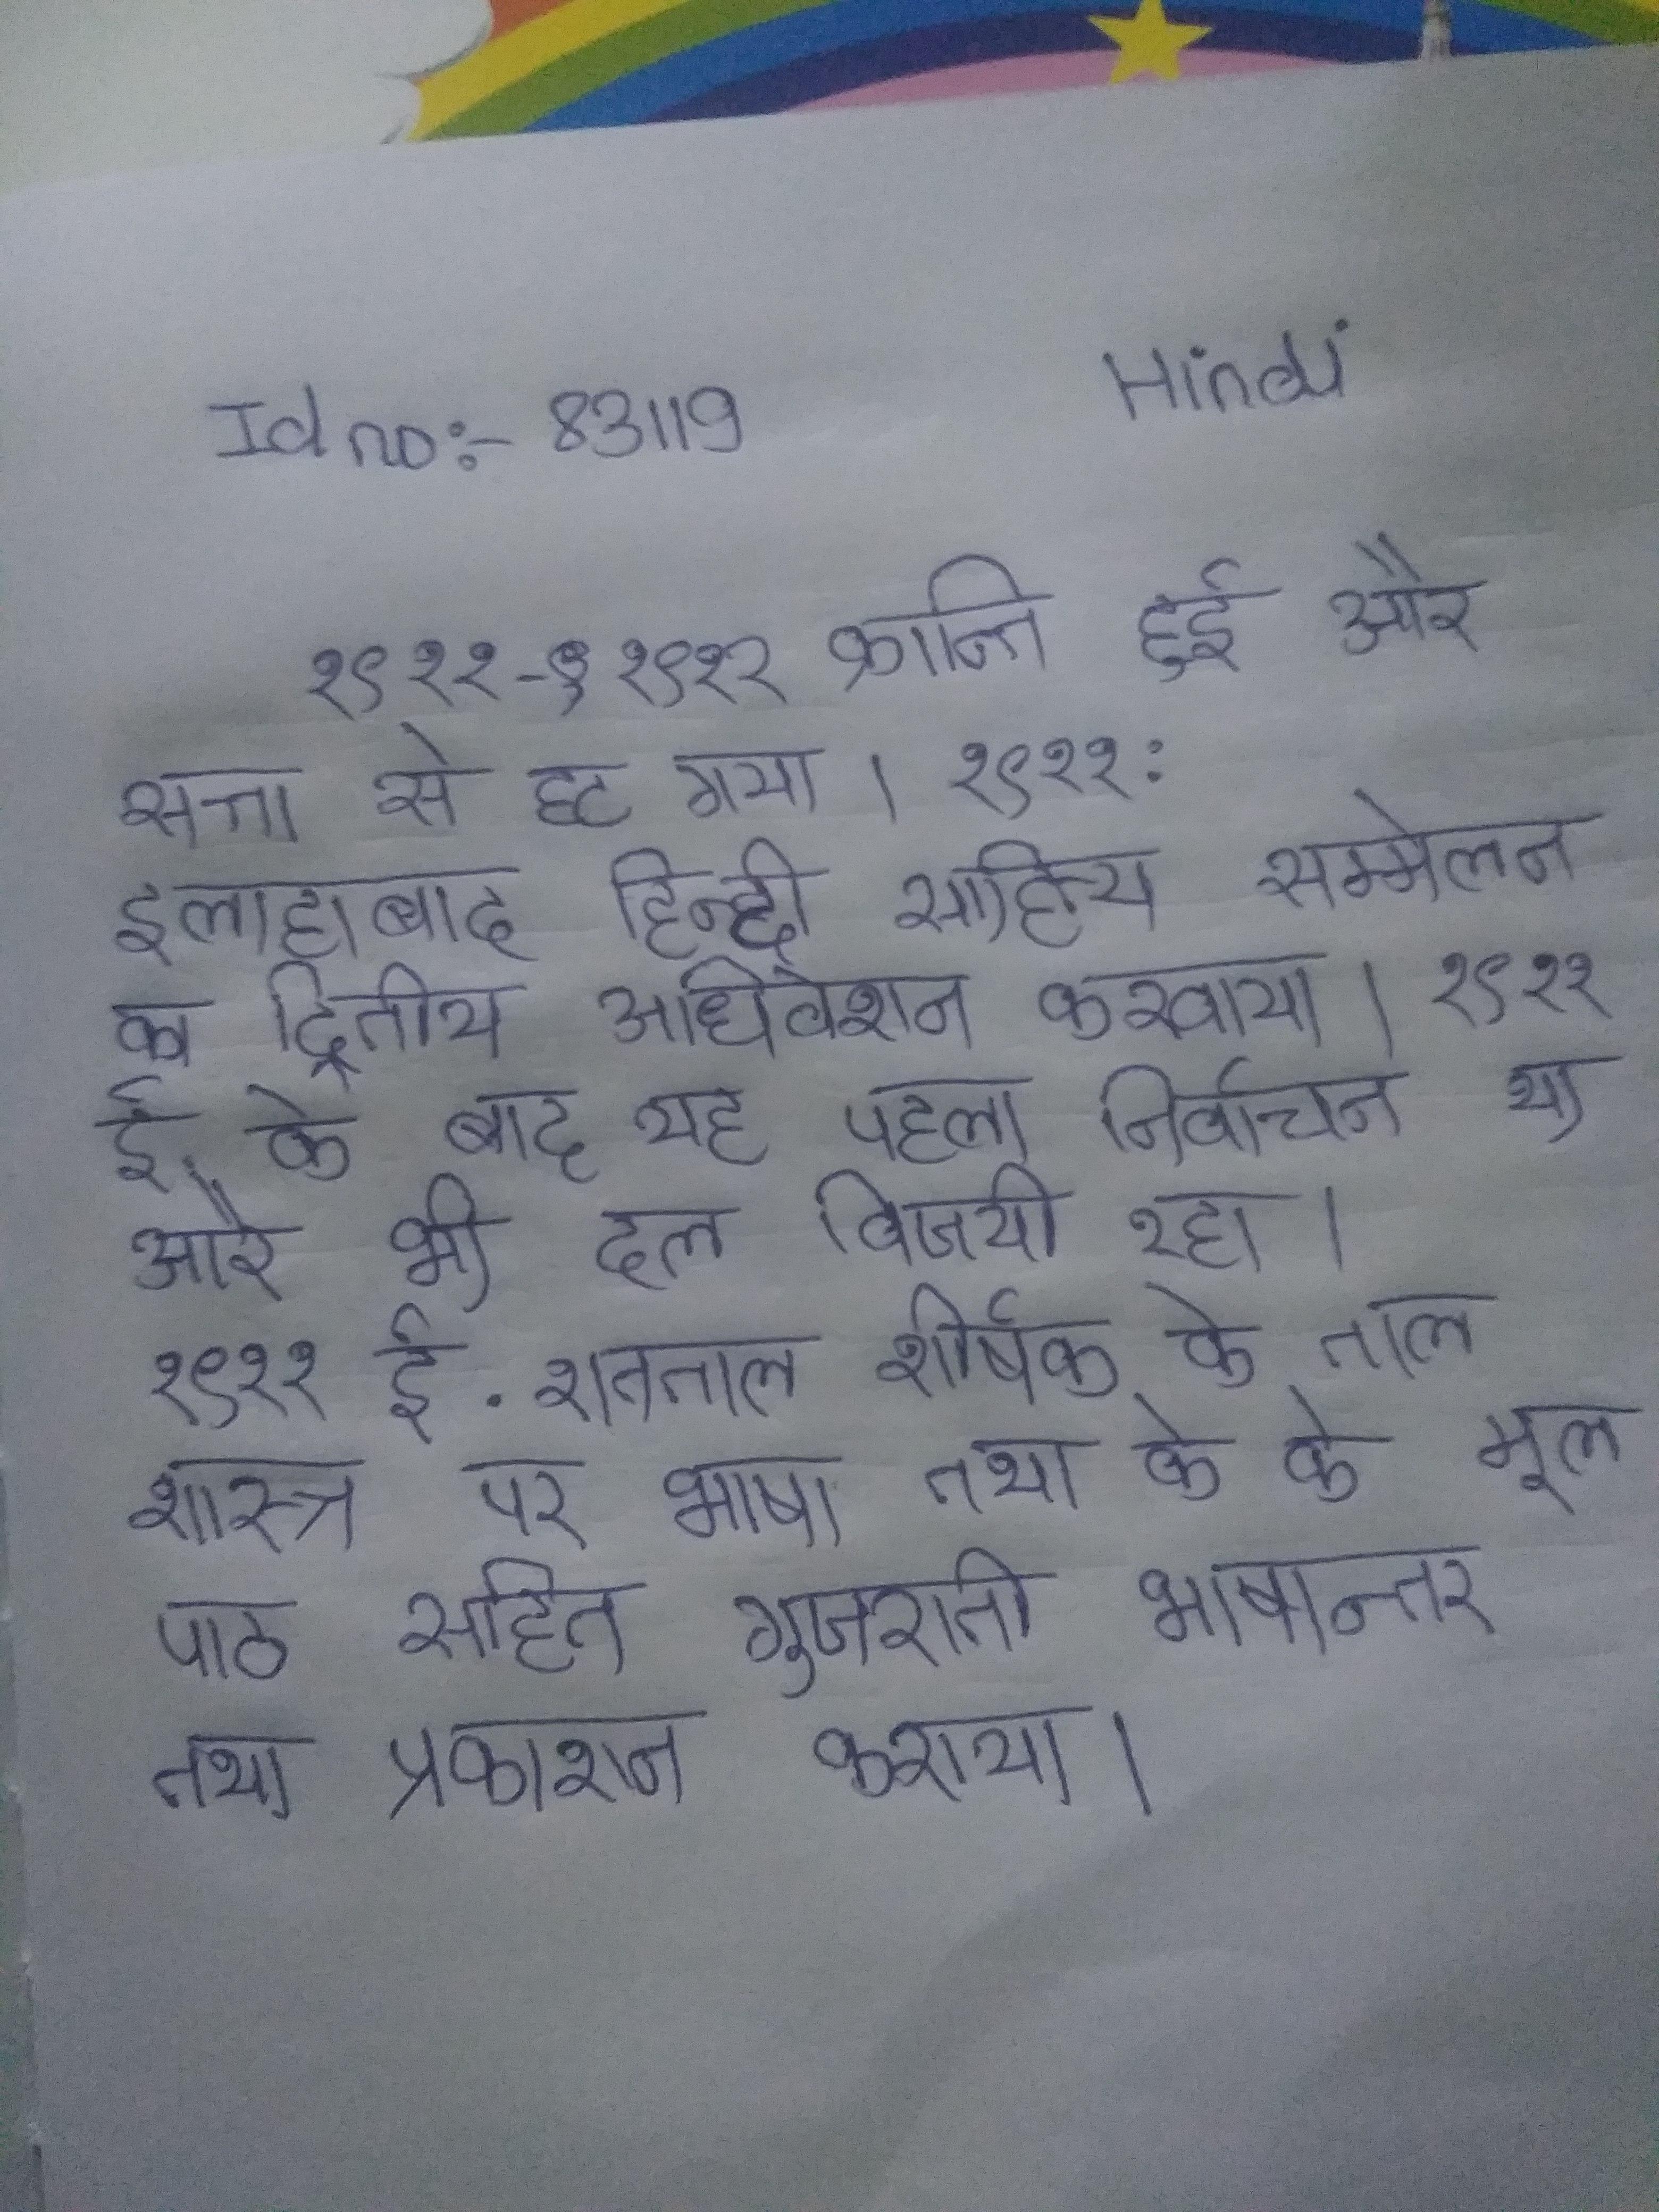
१९११-१९१२ क्रान्ति हुई और सत्ता से हट गया । १९११: इलाहाबाद हिन्दी साहित्य सम्मेलन का द्वितीय अधिवेशन करवाया । १९११ ई. के बाद यह पहला निर्वाचन था और भी दल विजयी रहा । १९११ ई. शतताल शीर्षक के ताल शास्त्र पर भाषा तथा के के मूल पाठ सहित गुजराती भाषान्तर तथा प्रकाशन कराया ।